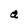
Character: a